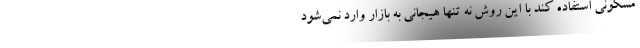
مسکونی استفاده کند با این روش نه تنها هیجانی به بازار وارد نمی‌شود